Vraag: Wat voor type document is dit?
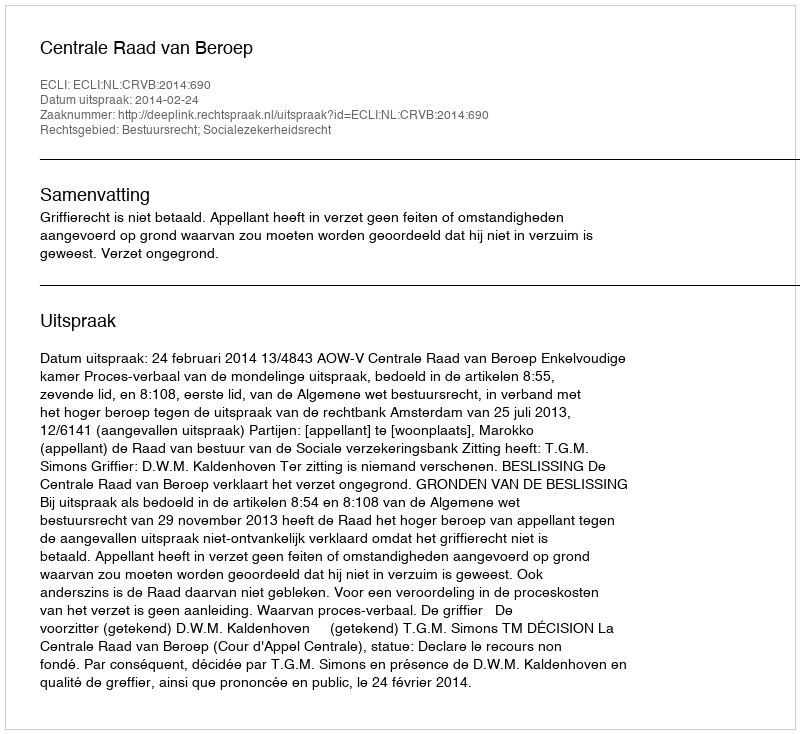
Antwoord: Uitspraak